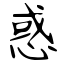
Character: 惑